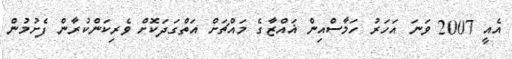
އެއީ 2007 ވަނަ އަހަރު ހަމާސްއިން ޣައްޒާގެ މައްޗަށް އަތްގަދަކޮށް ވެރިކަންކުރާން ފެށުމުން